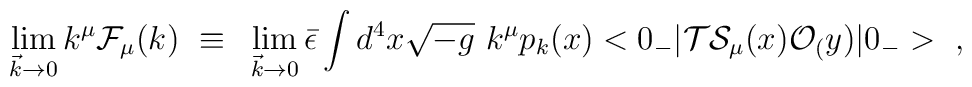
\lim_{{\vec k} \rightarrow 0} k^{\mu} {\cal F}_{\mu}(k)~\equiv~\lim_{{\vec k} \rightarrow 0} {\bar \epsilon} \int d^4 x \sqrt{-g} ~k^{\mu}p_k(x)  <0_-| {\cal T} {\cal S}_{\mu}(x) {\cal O}_(y) |0_->~,